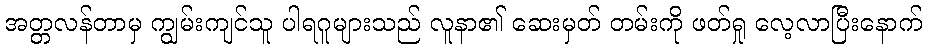
အတ္တလန်တာမှ ကျွမ်းကျင်သူ ပါရဂူများသည် လူနာ၏ ဆေးမှတ် တမ်းကို ဖတ်ရှု လေ့လာပြီးနောက်